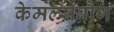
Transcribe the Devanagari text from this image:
केमल्सबौग